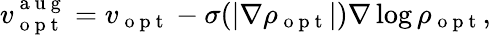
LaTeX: v_{\mathrm{~o~p~t~}}^{\mathrm{~a~u~g~}}=v_{\mathrm{~o~p~t~}}-\sigma(|\nabla\rho_{\mathrm{~o~p~t~}}|)\nabla\log\rho_{\mathrm{~o~p~t~}},